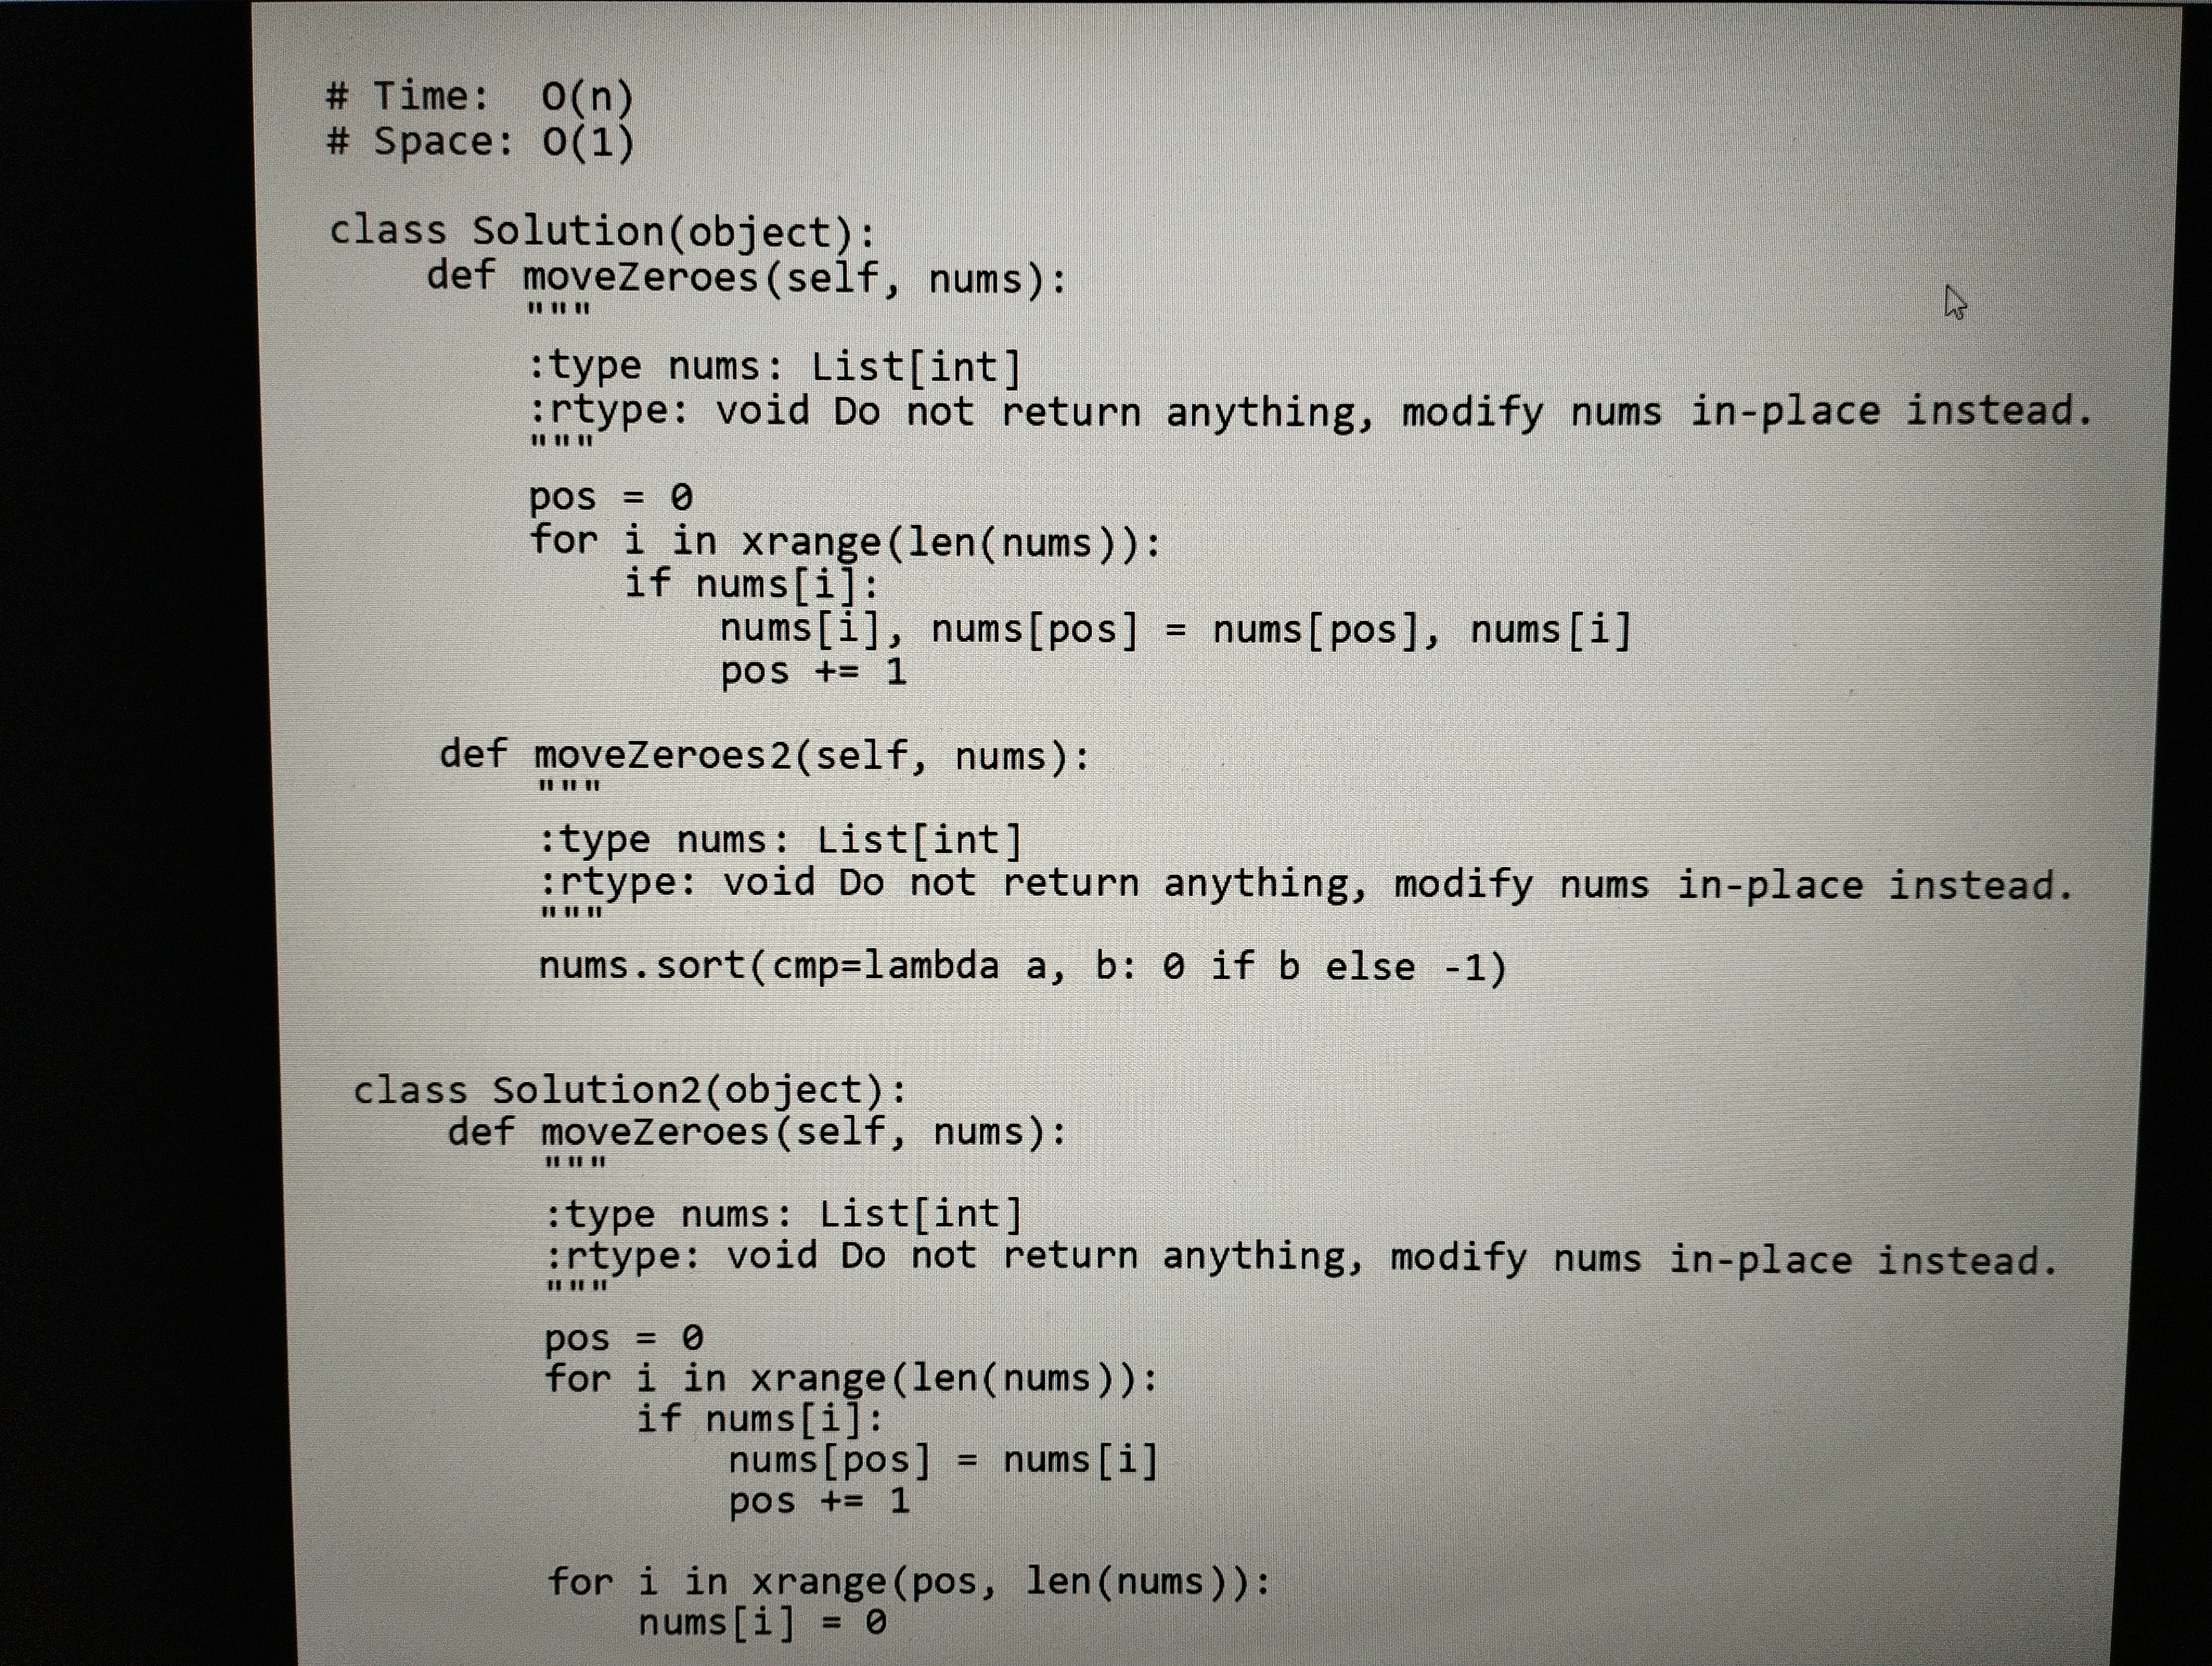
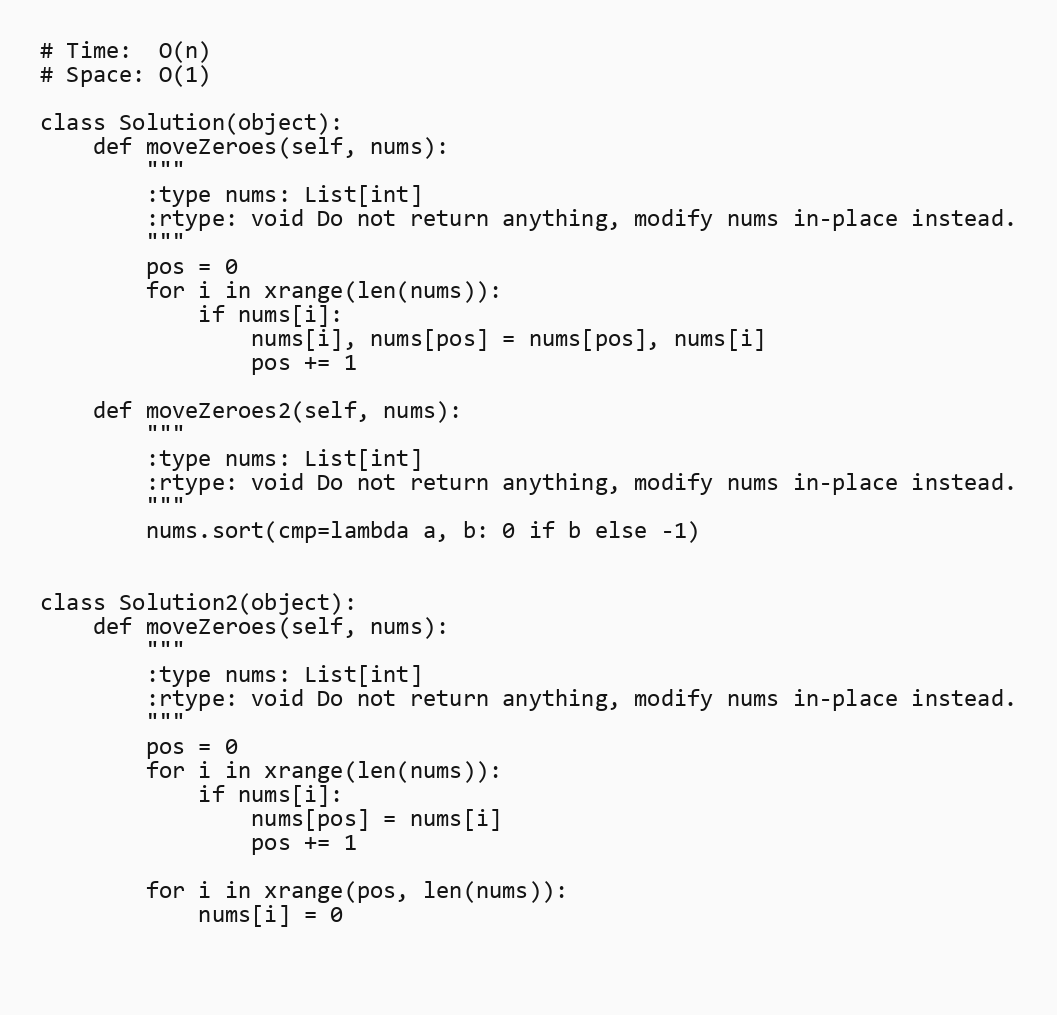
# Time:  O(n)
# Space: O(1)

class Solution(object):
    def moveZeroes(self, nums):
        """
        :type nums: List[int]
        :rtype: void Do not return anything, modify nums in-place instead.
        """
        pos = 0
        for i in xrange(len(nums)):
            if nums[i]:
                nums[i], nums[pos] = nums[pos], nums[i]
                pos += 1

    def moveZeroes2(self, nums):
        """
        :type nums: List[int]
        :rtype: void Do not return anything, modify nums in-place instead.
        """
        nums.sort(cmp=lambda a, b: 0 if b else -1)

class Solution2(object):
    def moveZeroes(self, nums):
        """
        :type nums: List[int]
        :rtype: void Do not return anything, modify nums in-place instead.
        """
        pos = 0
        for i in xrange(len(nums)):
            if nums[i]:
                nums[pos] = nums[i]
                pos += 1

        for i in xrange(pos, len(nums)):
            nums[i] = 0